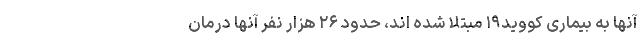
آنها به بیماری کووید۱۹ مبتلا شده اند، حدود ۲۶ هزار نفر آنها درمان